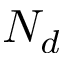
N _ { d }